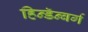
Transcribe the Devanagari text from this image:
हिन्डॅन्बर्ग